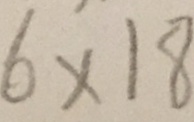
6 \times 1 8